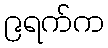
၉ရက်က